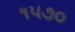
૧૫૭૦